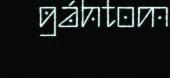
gáhtom